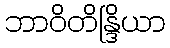
ဘာဝိတိန္ဒြိယာ